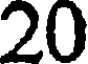
20